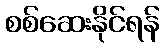
စစ်ဆေးနိုင်ရန်